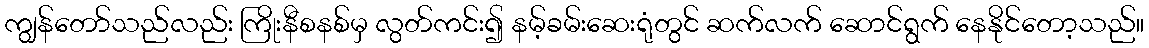
ကျွန်တော်သည်လည်း ကြိုးနီစနစ်မှ လွတ်ကင်း၍ နမ့်ခမ်းဆေးရုံတွင် ဆက်လက် ဆောင်ရွက် နေနိုင်တော့သည်။